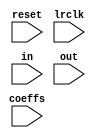
`timescale 1ns / 1ps
//////////////////////////////////////////////////////////////////////////////////
// Company: 
// Engineer: 
// 
// Design Name: 
// Module Name: fir_fixedpoint
// Project Name: 
// Target Devices: 
// Tool Versions: 
// Description: 
// 
// Dependencies: 
// 
// Revision:
// Revision 0.01 - File Created
// Additional Comments:
// 
//////////////////////////////////////////////////////////////////////////////////


//https://www.xilinx.com/support/documentation/ip_documentation/fir_compiler_ds534.pdf
//page 17, figure 5

module fir_systolic # (
parameter NTAPS=5,
parameter WIDTH = 32,
parameter TOP_BIT=23
)
(
input wire reset,
input wire lrclk,
input wire [WIDTH-1:0] in,
input wire [WIDTH-1:0] out,
input wire [(NTAPS)*(WIDTH)-1:0] coeffs
    );
    //constants we need
    localparam NPIPES = 2*(NTAPS-1);
    localparam NDELAYS = NTAPS;
    localparam NADDS = NTAPS-1;
    localparam NMULS = NTAPS;
    
    //declare the pipeline stages
    reg [WIDTH-1:0] pipes[NPIPES-1:0];
    reg [WIDTH-1:0] delays[NDELAYS-1:0];
    
    //declare the continuous stages
    wire signed [WIDTH-1:0] muls[NMULS-1:0];
    wire signed [WIDTH-1:0] adds[NADDS-1:0];
    
    //make the continuous assignments
    genvar j;
    //muls
    for (j=0; j<NMULS; j=j+1)
        begin
            if (j==0)
                begin
                    assign muls[j][WIDTH-1:0] = in[WIDTH-1:0] * coeffs[j*WIDTH +: WIDTH];
                end
            else
                begin
                    assign muls[j][WIDTH-1:0] = pipes[(2*j)-1][WIDTH-1:0] * coeffs[j*WIDTH +: WIDTH];
                end
        end
    //adds
    for (j=0; j<NADDS; j=j+1)
        begin
            assign adds[j][WIDTH-1:0] = delays[j][WIDTH-1:0] + muls[j+1][WIDTH-1:0];
        end
    
    
    
   
    assign out[WIDTH-1:0] = delays[NDELAYS-1][WIDTH-1 -: WIDTH];
    integer i;
    always @(negedge lrclk)
    begin
        if (reset)
        begin
            for (i=0; i<NDELAYS; i=i+1) delays[i]<=0;
            for (i=0; i<NPIPES; i=i+1) pipes[i]<=0;
        end
        else
        begin
            //pipeline
            for (i=0; i<NPIPES; i=i+1)
                begin
                    if (i==0)
                        begin
                            pipes[i][WIDTH-1:0] <= in[WIDTH-1:0];
                        end
                    else
                        begin
                            pipes[i][WIDTH-1:0] <= pipes[i-1][WIDTH-1:0];
                        end
                end
               
            //delays
            for (i=0; i<NDELAYS; i=i+1)
                begin
                    if (i==0)
                        begin
                            delays[i][WIDTH-1:0] <= muls[i][WIDTH-1:0];
                        end
                    else
                        begin
                            delays[i][WIDTH-1:0] <= adds[i-1][WIDTH-1:0];
                        end
                end
        end
    end
endmodule